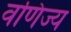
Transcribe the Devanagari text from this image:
वणिज्य